Indian journal of veterinary science and animal husbandry - Volume 6,
Year: 1936
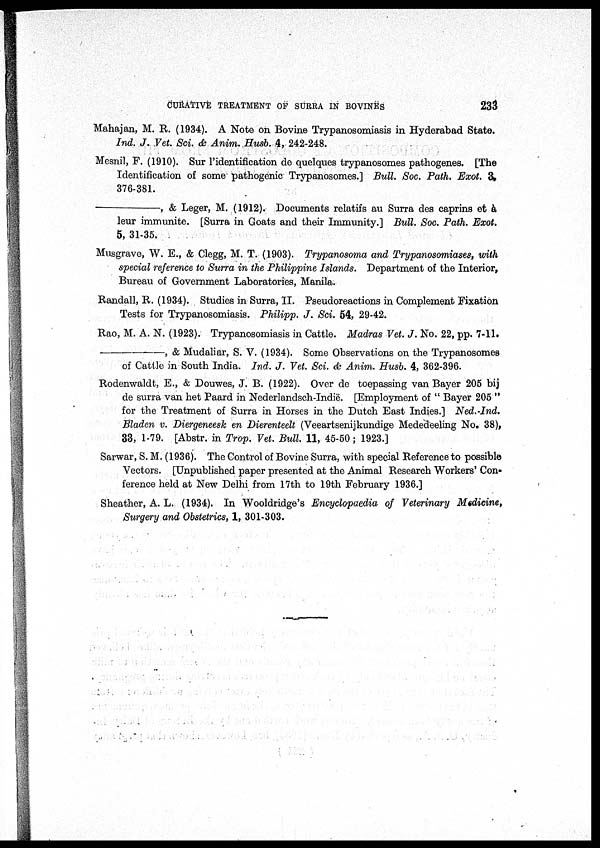
CURATIVE TREATMENT OF SURRA IN BOVINES
233
Mahajan, M. R. (1934). A Note on Bovine Trypanosomiasis in Hyderabad State.
Ind. J. Vet. Sci. & Anim. Husb. 4, 242-248.
Mesnil, F. (1910). Sur l'identification de quelques trypanosomes pathogenes. [The
Identification of some pathogenic Trypanosomes.] Bull. Soc. Path. Exot. 3.
376-381.
—,
& Leger, M. (1912). Documents relatifs au Surra des caprins et a
leur immunite. [Surra in Goats and their Immunity.] Bull. Soc. Path. Exot.
5, 31-35.
Musgrave, W. E., & Clegg, M. T. (1903). Trypanosoma and Trypanosomiases, with
special reference to Surra in the Philippine Islands. Department of the Interior,
Bureau of Government Laboratories, Manila.
Randall, R. (1934). Studies in Surra, II. Pseudoreactions in Complement Fixation
Tests for Trypanosomiasis. Philipp. J. Sci. 54, 29-42.
Rao, M. A. N. (1923). Trypanosomiasis in Cattle. Madras Vet. J. No. 22, pp. 7-11.
—,
& Mudaliar, S. V. (1934). Some Observations on the Trypanosomes
of Cattle in South India. Ind. J. Vet. Sci. & Anim. Husb. 4, 362-396.
Rodenwaldt, E., & Douwes, J. B. (1922). Over de toepassing van Bayer 205 bij
de surra van het Paard in Nederlandsch-Indië. [Employment of " Bayer 205 "
for the Treatment of Surra in Horses in the Dutch East Indies.] Ned.-Ind.
Bladen v. Diergeneesk en Dierenteelt (Veeartsenijkundige Mededeeling No. 38),
33, 1-79. [Abstr. in Trop. Vet. Bull. 11, 45-50 ; 1923.]
Sarwar, S. M. (1936). The Control of Bovine Surra, with special Reference to possible
Vectors. [Unpublished paper presented at the Animal Research Workers' Con-
ference held at New Delhi from 17th to 19th February 1936.]
Sheather, A. L. (1934). In Wooldridge's Encyclopaedia of Veterinary Medicine,
Surgery and Obstetrics, 1, 301-303.